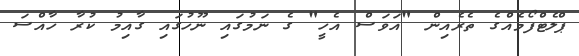
ޕްލެޓްފޯމެއްގެ ތެރެއިން "އަވަސް އެހީ" ގެ ނަމުގައި ނޫހުގައި ގާއިމު ކުރާ ހާއްސަ